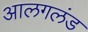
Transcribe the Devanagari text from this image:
आलगलंड